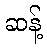
ဆန့်